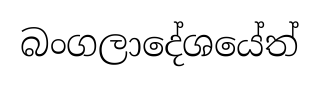
බංගලාදේශයේත්